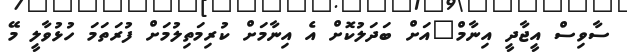
ސާވިސް އީޖާދީ އިނާމް"އަށް ބަދަލުކޮށް އެ އިނާމަށް ކުރިމަތިލުމަށް ފުރަތަމަ ހުޅުވާލީ މޭ